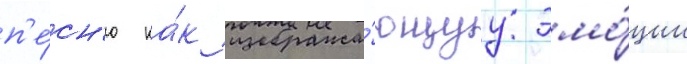
п'е́сн'ю ка́к изобража́ющуу эмо́ции